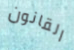
القانون